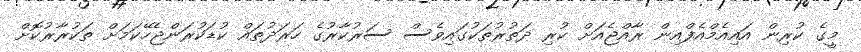
މީގެ ކުރިން އައިއެމްއެފްއިން ރާއްޖެއަށް ކުރި ދަތުރުތަކުގައިވެސް ސަރުކާރުގެ ހަރަދުތައް ކުޑަކުރަންޖެހޭކަމަށް ތަކުރާރުކޮށް